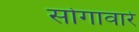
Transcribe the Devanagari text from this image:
सोगावारे